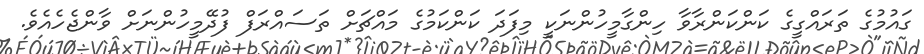
ގައުމުގެ ތަރައްގީގެ ކަންކަންރާވާ ހިންގާމީހުންނަކީ މިފަދަ ކަންކަމުގެ މައްޗަށް ތަސައްރަފް ފުދޭމީހުންނަށް ވާންޖެހެއެވެ.